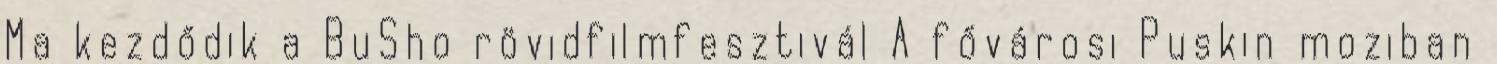
Ma kezdődik a BuSho rövidfilmfesztivál A fővárosi Puskin moziban